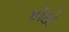
કોઠૉ